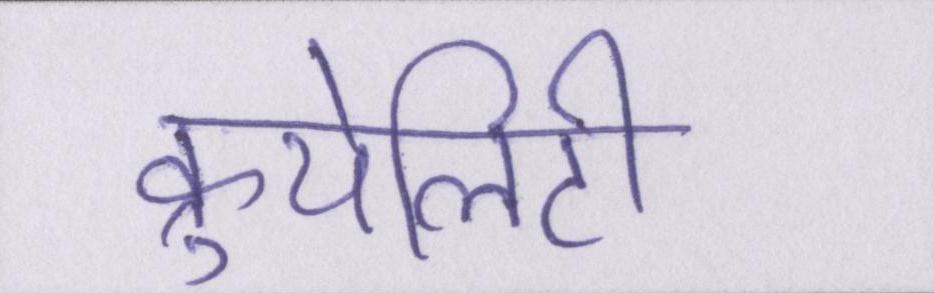
क्रुयेलिटी